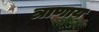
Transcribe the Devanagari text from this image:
त्राणाय